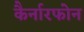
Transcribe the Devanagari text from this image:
कैर्नारफोन